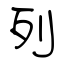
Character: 列